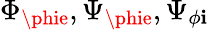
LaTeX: \Phi_{\phie},\Psi_{\phie},\Psi_{\phi\mathbf{i}}